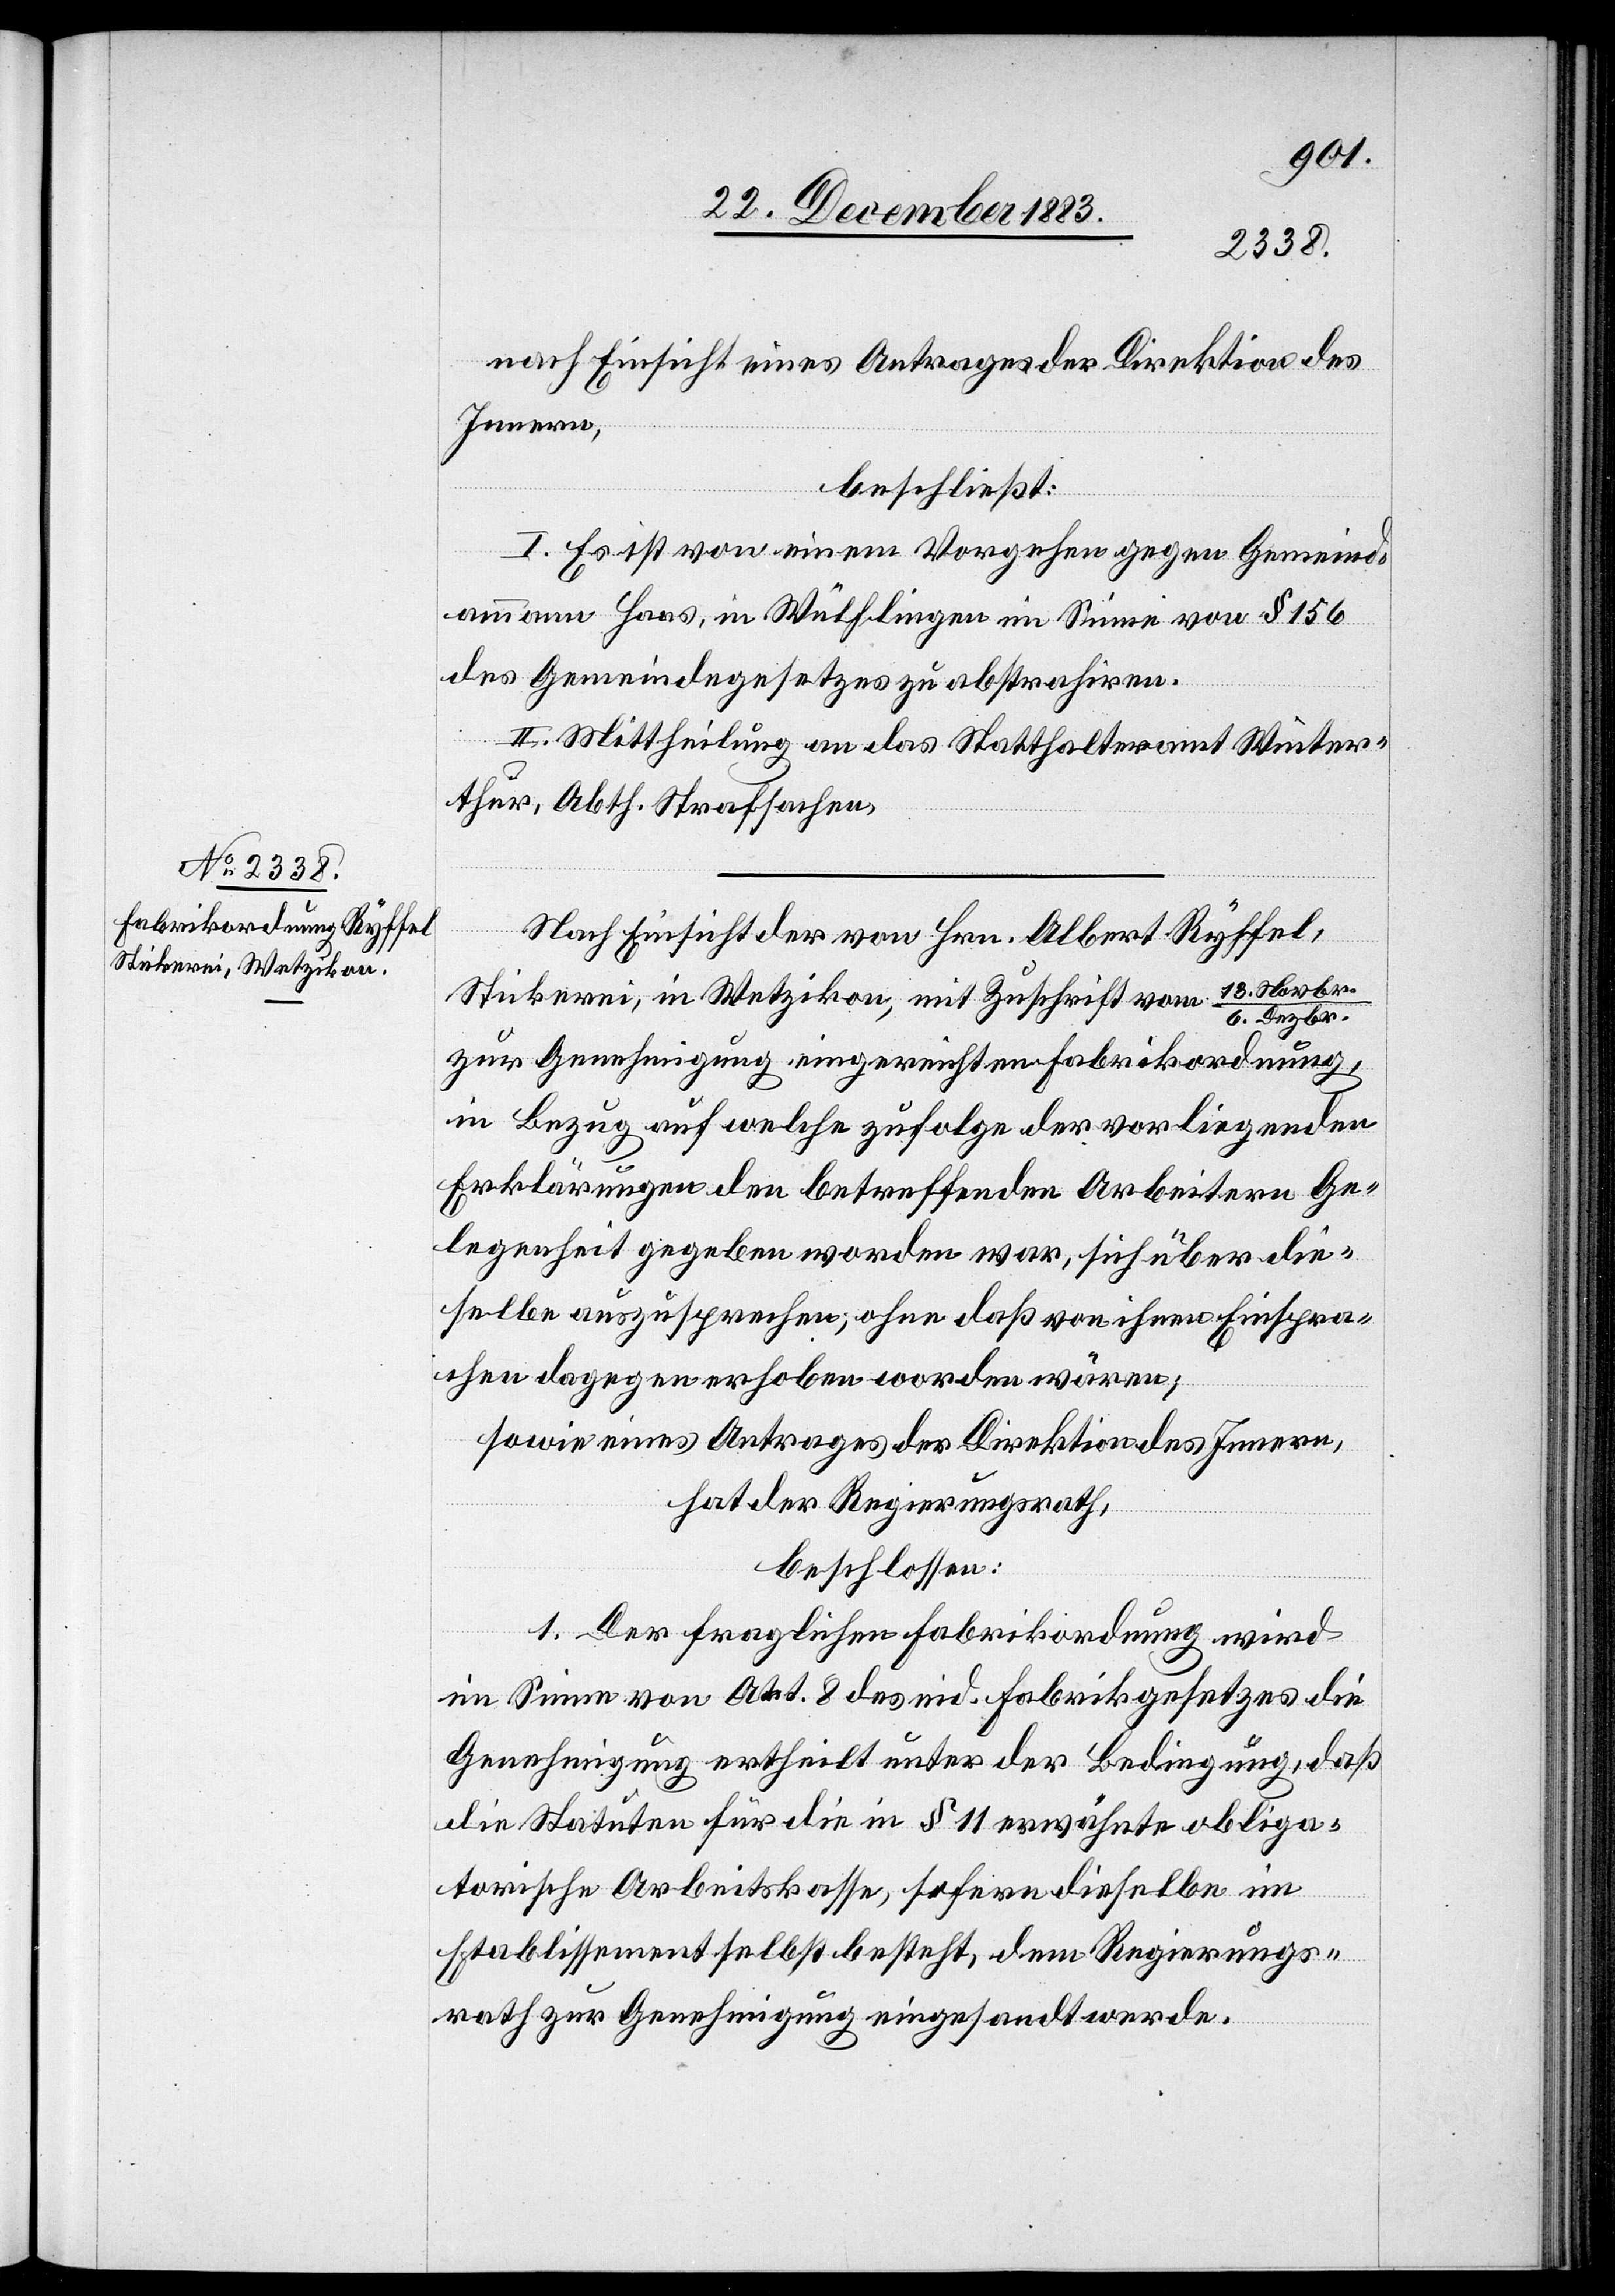
nach Einsicht eines Antrages der Direktion des
Innern,
beschließt:
I. Es ist von einem Vorgehen gegen Gemeind¬
ammann Haas, in Wülflingen im Sinne von § 156
des Gemeindegesetzes zu abstrahiren.
II. Mittheilung an das Statthalteramt Winter¬
thur, Abth. Strafsachen.
Nach Einsicht der von Hrn. Albert Ryffel,
Stickerei, in Wetzikon, mit Zuschrift vom 13. Novbr./6.
zur Genehmigung eigereichten Fabrikordnung,
in Bezug auf welche zufolge der vorliegenden
Erklärungen den betreffenden Arbeitern Ge¬
legenheit gegeben worden war, sich über die¬
selbe auszusprechen, ohne daß von ihnen Einspra¬
chen dagegen erhoben worden wären;
sowie eines Antrages der Direktion des Innern,
hat der Regierungsrath,
beschlossen:
1. Der fraglichen Fabrikordnung wird
im Sinne von Art. 8 des eid. Fabrikgesetzes die
Genehmigung ertheilt unter der Bedingung, daß
die Statuten für die in § 11 erwähnte obliga¬
torische Arbeitskasse, sofern dieselbe im
Etablissement selbst besteht, dem Regierungs¬
rath zur Genehmigung eigesandt werde.